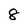
Character: 8